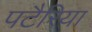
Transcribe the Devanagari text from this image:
पटैरिया